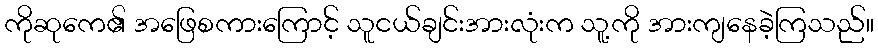
ကိုဆုကေ၏ အဖြေစကားကြောင့် သူငယ်ချင်းအားလုံးက သူ့ကို အားကျနေခဲ့ကြသည်။